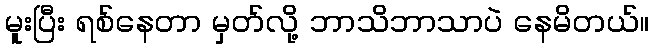
မူးပြီး ရစ်နေတာ မှတ်လို့ ဘာသိဘာသာပဲ နေမိတယ်။